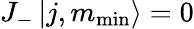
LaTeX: J_{-}\left|j,m_{\mathrm{min}}\right\rangle=0